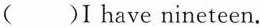
( )I have nineteen.